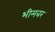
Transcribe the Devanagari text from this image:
भीमबर